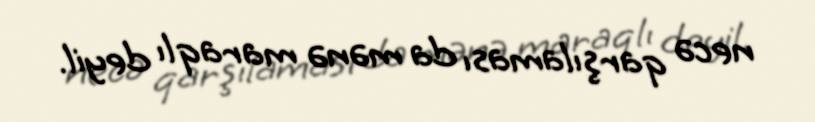
necə qarşılaması da mənə maraqlı deyil.